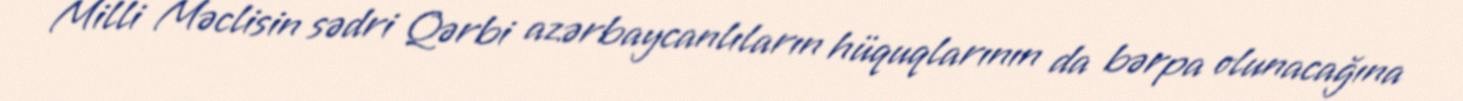
Milli Məclisin sədri Qərbi azərbaycanlıların hüquqlarının da bərpa olunacağına